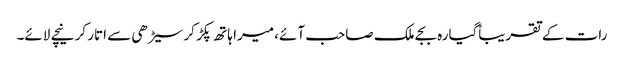
رات کے تقریباًگیارہ بجے ملک صاحب آئے، میرا ہاتھ پکڑ کر سیڑھی سے اتار کر نیچے لائے۔